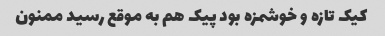
کیک تازه و خوشمزه بود پیک هم به موقع رسید ممنون